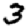
Digit: 3